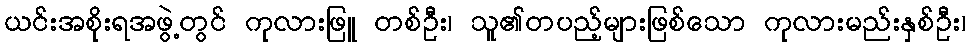
ယင်းအစိုးရအဖွဲ့တွင် ကုလားဖြူ တစ်ဦး၊ သူ၏တပည့်များဖြစ်သော ကုလားမည်းနှစ်ဦး၊